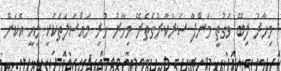
މިހާރު ލިބޭ ވަގުތީ މަންފާ ސަރުކާރުގެތެރޭ މިހާރު ހުރި މައްސަލަތަކަކީ މިއީ އެކަން